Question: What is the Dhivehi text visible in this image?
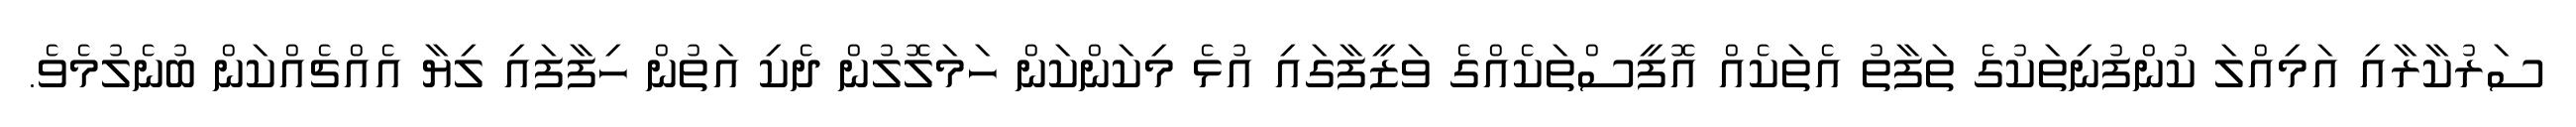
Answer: ސަރުކާރާއި އަމިއްލަ ކުންފުނިތަކުގެ ތަފާތު އެތަކެއް އޮފީސްތަކެއްގެ ވަޒީފާގައި އުޅެ މިކަންކަން ހަމަލޮލުން ދެކި އަތުން ހިފާފައި ލިޔާ އެއްޗެއްކަން ބުނެލުމެވެ.